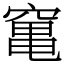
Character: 𥧄